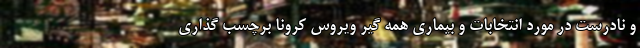
و نادرست در مورد انتخابات و بیماری همه گیر ویروس کرونا برچسب گذاری